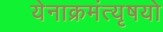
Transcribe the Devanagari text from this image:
येनाक्रमंत्यृषयो